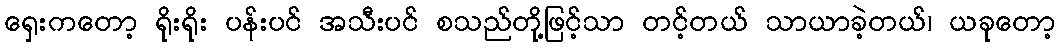
ရှေးကတော့ ရိုးရိုး ပန်းပင် အသီးပင် စသည်တို့ဖြင့်သာ တင့်တယ် သာယာခဲ့တယ်၊ ယခုတော့